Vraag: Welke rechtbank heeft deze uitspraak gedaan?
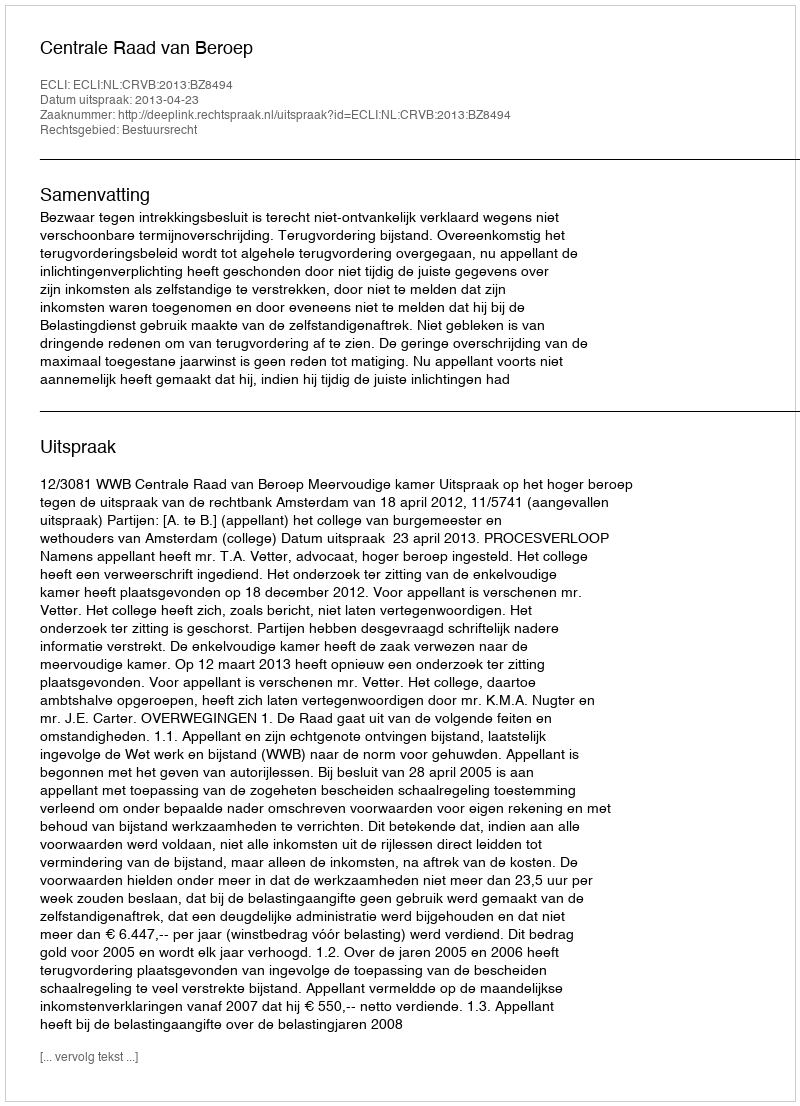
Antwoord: Centrale Raad van Beroep